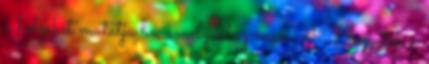
a helyeket mutatja be, amelyekhez már A Hagyaték a